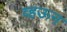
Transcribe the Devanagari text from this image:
व्हऊन